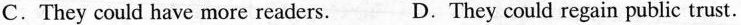
C.They could have more readers. D.They could regain public trust.